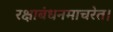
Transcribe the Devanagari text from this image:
रक्षाबंधनमाचरेत।